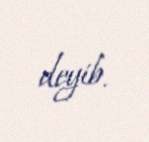
deyib.